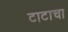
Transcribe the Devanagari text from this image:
टाटाचा